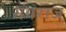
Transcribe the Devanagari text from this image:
मंगराज